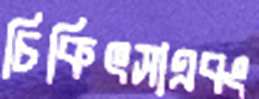
চিকিৎসাএবং